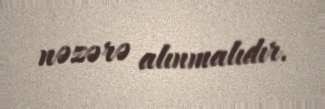
nəzərə alınmalıdır.